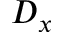
D _ { x }